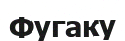
Фугаку